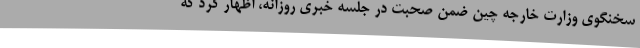
سخنگوی وزارت خارجه چین ضمن صحبت در جلسه خبری روزانه، اظهار کرد که